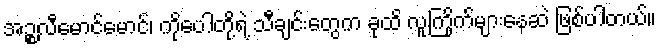
အဉ္စလီမောင်မောင်၊ ကိုပေါတို့ရဲ့ သီချင်းတွေက ခုထိ လူကြိုက်များနေဆဲ ဖြစ်ပါတယ်။